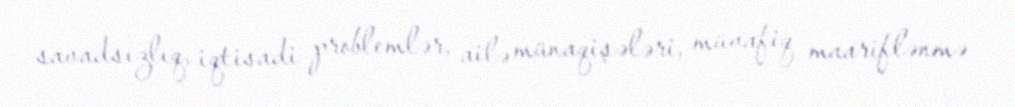
savadsızlıq, iqtisadi problemlər, ailə münaqişələri, müvafiq maariflənmə